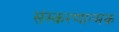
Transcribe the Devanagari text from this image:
संस्करणात्मक